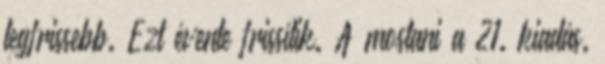
legfrissebb. Ezt évente frissítik. A mostani a 21. kiadás.